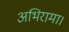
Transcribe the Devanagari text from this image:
अभिरामा।